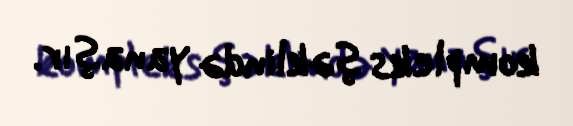
kompleks şəklində yanaşır.